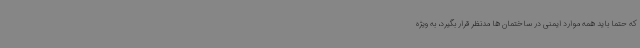
که حتما باید همه موارد ایمنی در ساختمان ها مدنظر قرار بگیرد، به ویژه